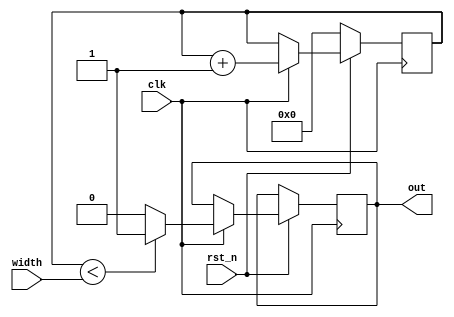
    // module pwm pwm.v
    module pwm(clk,rst_n,width,out);
        input clk;
        input rst_n;
        input [9:0] width;   // pwm width
        output out;
     
        reg [9:0] cnt;    // 16 bit 64k
        reg outx;
        
        // counter action
        always @(posedge clk) begin
            if(!rst_n) begin
                cnt <= 10'b00_0000_0000;
            end else if (clk) begin
                cnt <= cnt + 1;
                if (cnt < width) begin // 4 
                    outx <= 1'b1;
                end else outx <= 1'b0;           
            end     
        end
     
        assign out = outx;
     
    endmodule